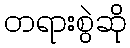
တရားစွဲဆို